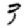
Digit: 3